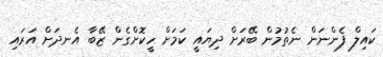
ކައިލް ފެންނަން ނެތުމުން ބޭރަށް ދިޔައީ ކަމަށް ހީކޮށްގެން ޒޭބާ އެނދަށް އަރައި